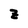
Character: z